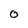
Character: O